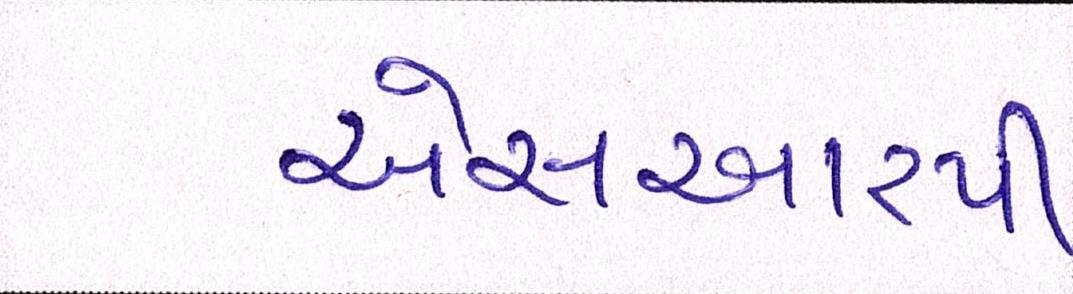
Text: એસઆરપી